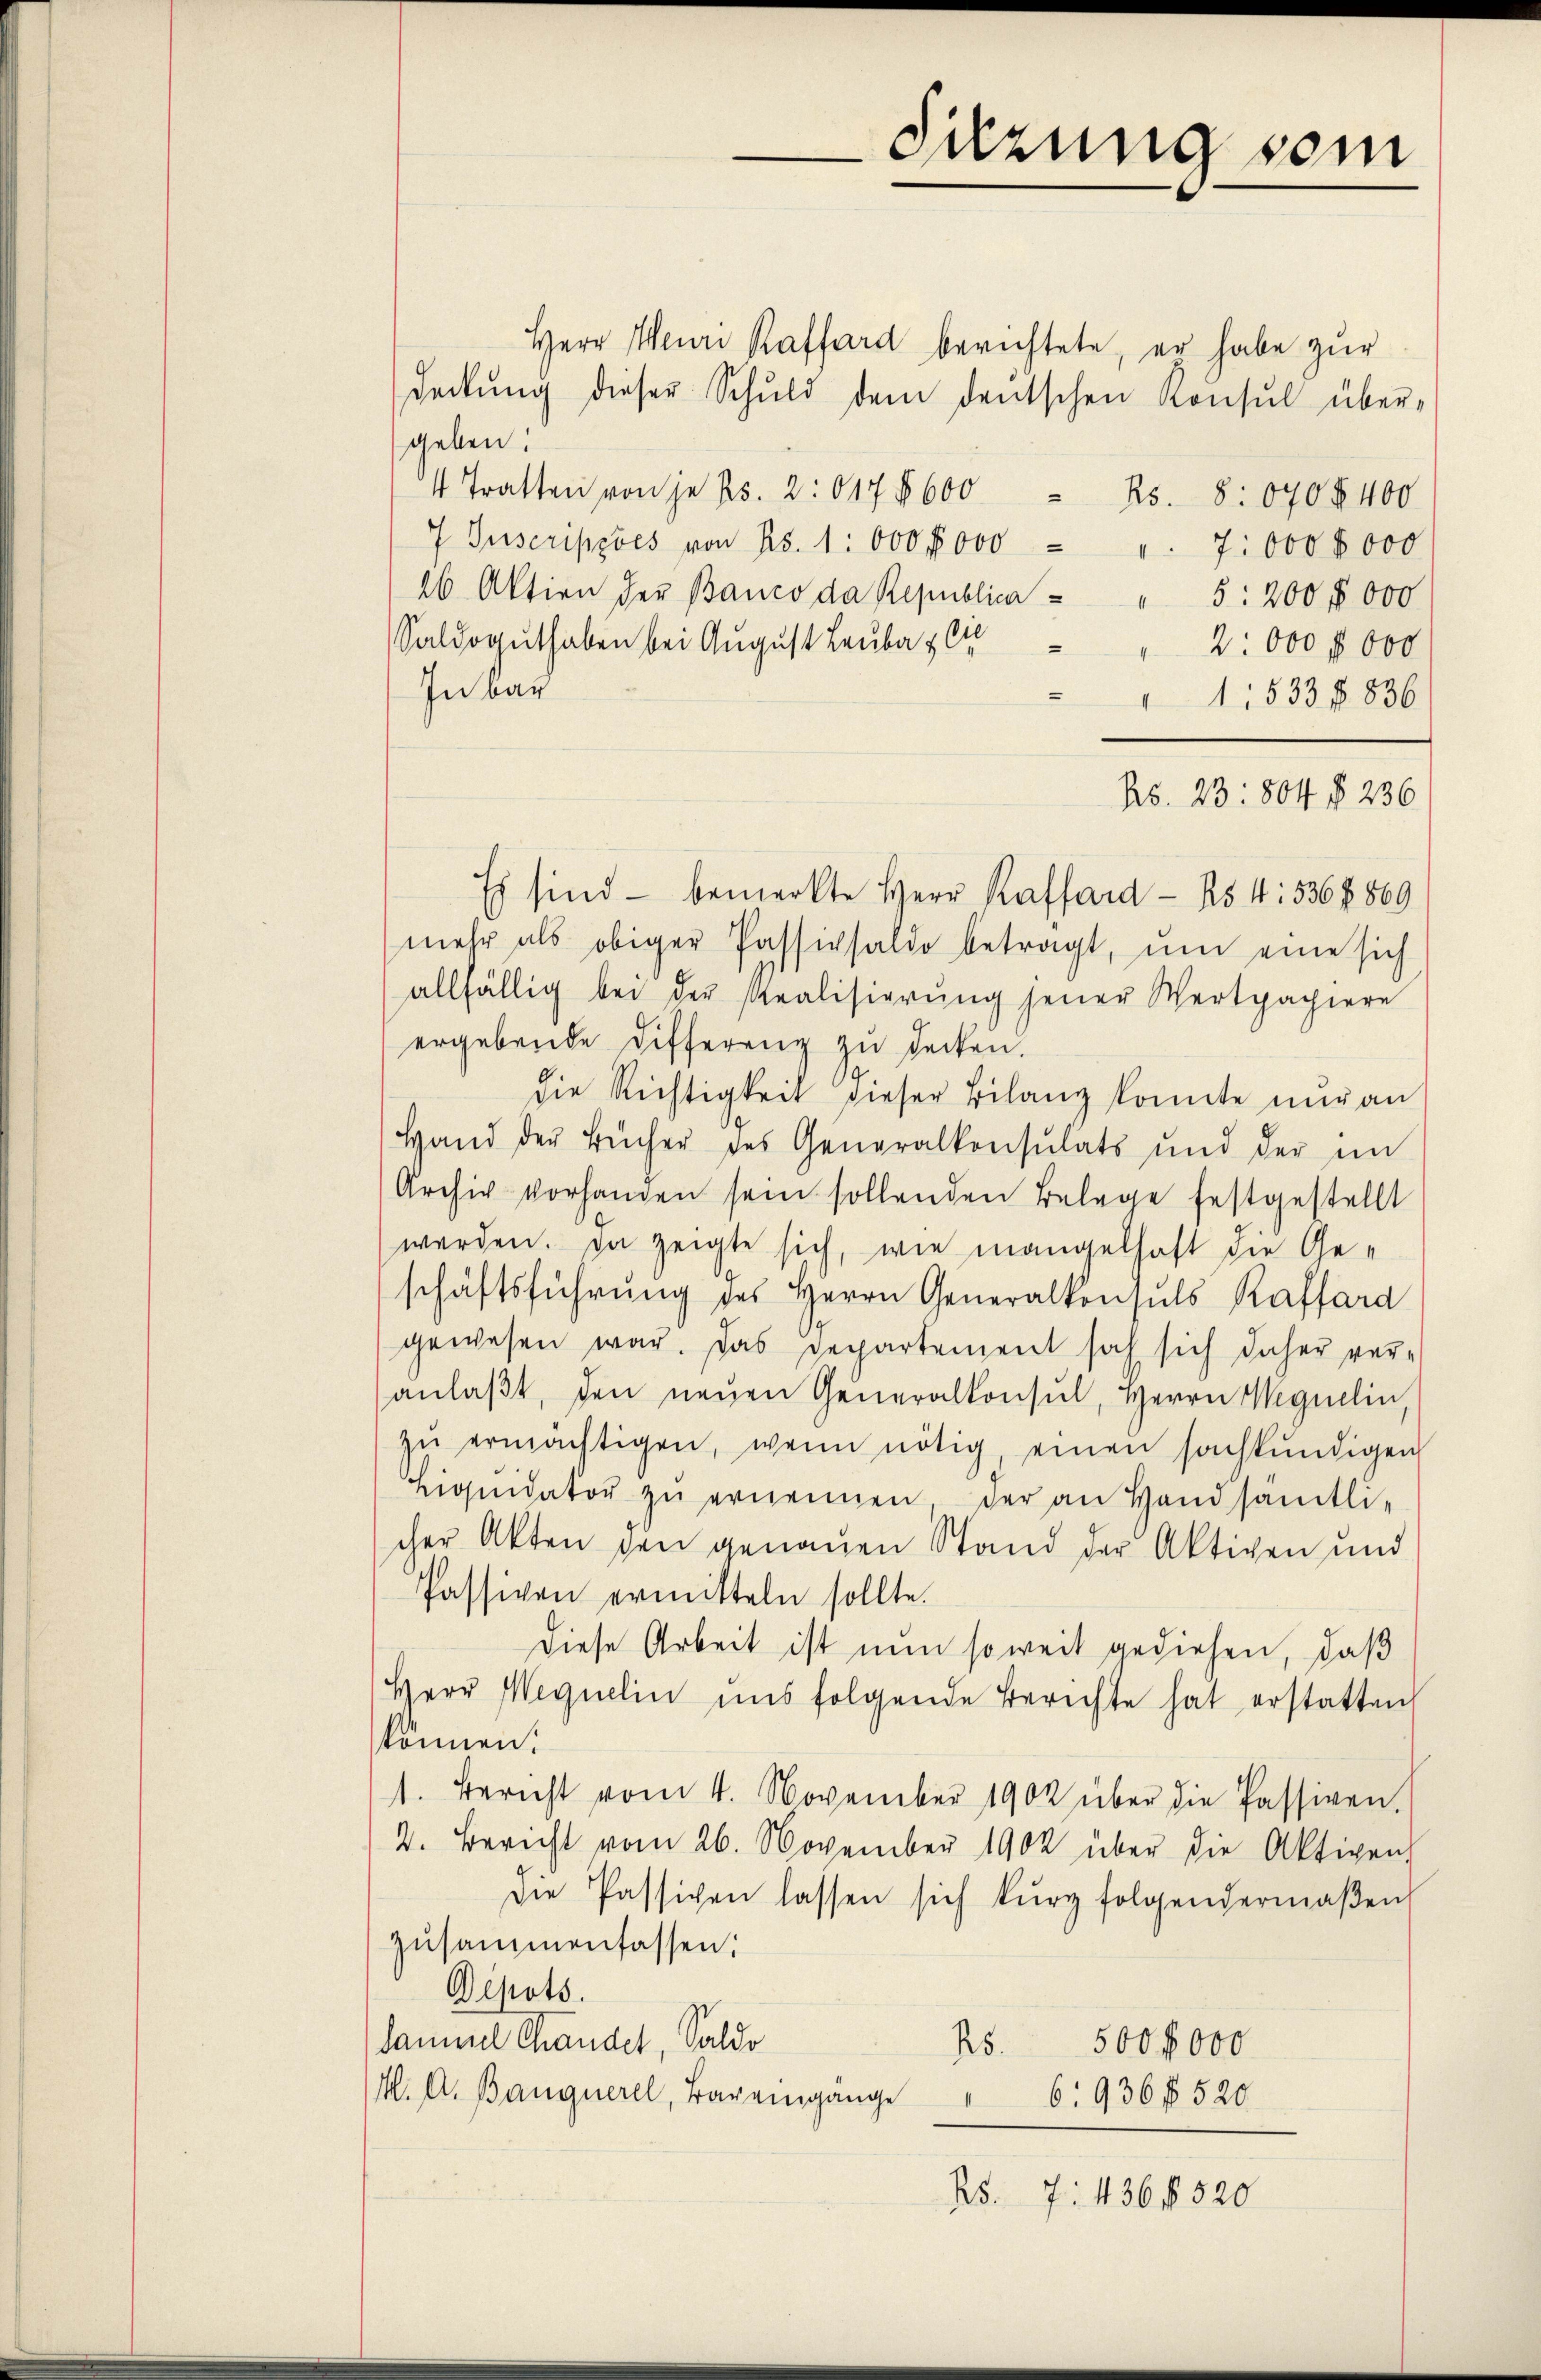
Sitzung sein

Herr Meuri Raffard berichtete, er habe zur
deckŭng dieser Schuld dem deutschen Konsŭl über-
geben!
4 Tratten von je Bs. 2. 617 § 600 Bs. 8: 040 § 400
7 Tuscriperes von Bs. 1 000 f 000 " " 7.000 8000
26 Aktion der Banco da Republica " " 5: 200 f 000
Saldoguthaben bei August Leubau lie
2: 000 f 000
In bar
1:533 f. 836
Bs. 23: 804 § 236
Es sind - bemerkte Herr Raffard- 254: 536 f. 869
mehr als obiger Passivsaldo betragt, ŭm eine sich
allfällig bei der Realisierŭng jener Wertpapiere
ergebende Differenz zu decken.
die Richtigkeit dieser Bilanz konnte nur an
Hand der Bücher des Generalkonsulats und der im
Archiv vorhanden sein sollenden Belege festgestellt
werden. Da zeigte sich, wie mangelhaft die Ge-
schäftsführŭng des Herrn Generalkonsuls Raffard
gewesen war. Das Departement sah sich daher veranlaβt, den neŭen Generalkonsul, Herrn Wegnelin,
zŭ ermächtigen, wenn nötig, einen sachkŭndigen
Liquidator zŭ ernennen, der an Handsamtli-
cher Akten den genauen Stand der Aktiven und
Passiven ermitteln sollte.
Diese Arbeit ist nun soweit gediehen, daß
Herr Mequelin uns folgende Berichte hat erstatten
können.
1. Bericht vom 4. November 1902 über die Passiven.
2. Bericht vom 26. November 1902 über die Aktigen
die Passiven lassen sich kurz folgendermaβen
zusammenfassen:
Depots.
Sammel Chandel, Saldo
25.
500 f 000
M. A. Bangnerel, Bareingange
" 6: 936 f 520
Rs. 7. 436 f 520